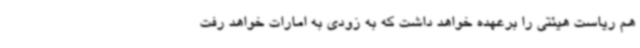
هم ریاست هیئتی را برعهده خواهد داشت که به زودی به امارات خواهد رفت